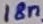
Text: 18n